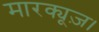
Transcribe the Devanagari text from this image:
मारक्यूज़।